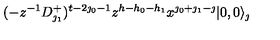
( - z ^ { - 1 } D _ { \jmath _ { 1 } } ^ { + } ) ^ { t - 2 \jmath _ { 0 } - 1 } z ^ { h - h _ { 0 } - h _ { 1 } } x ^ { \jmath _ { 0 } + \jmath _ { 1 } - \jmath } | 0 , 0 \rangle _ { \jmath }